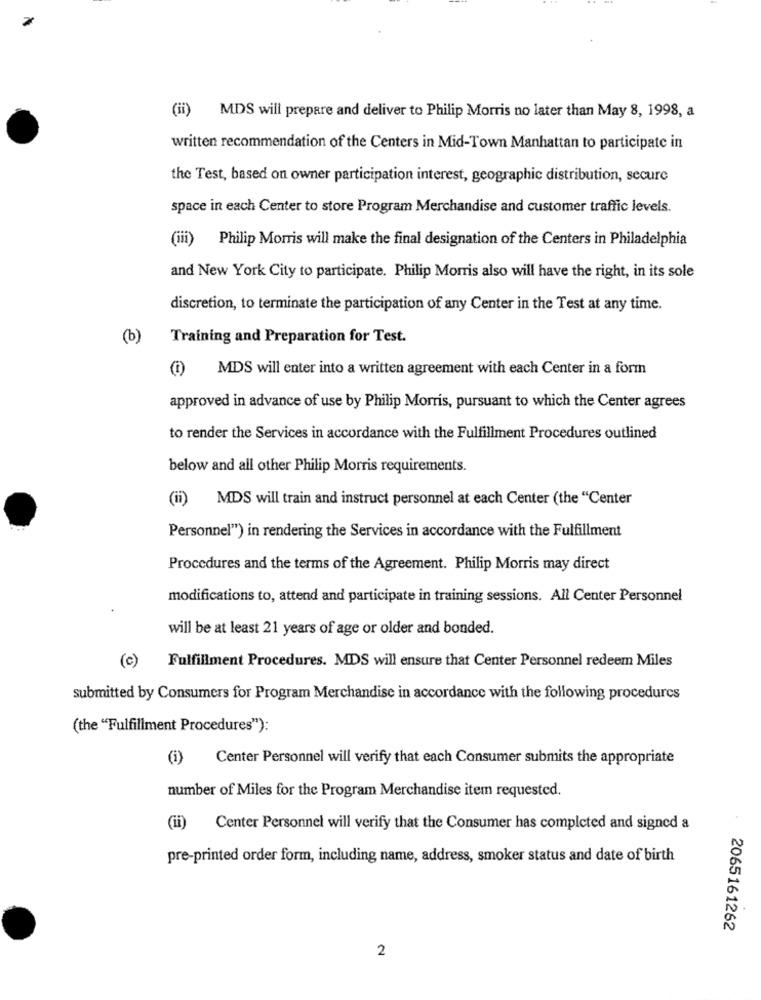
(ii) MDS will prepare and deliver to Philip Morris no later than May 8, 1998, a
written recommendation of the Centers in Mid-Town Manhattan to participate in
the Test, based on owner participation interest, geographic distribution, secure
space in each Center to store Program Merchandise and customer traffic levels.
(iii) Philip Morris will make the final designation of the Centers in Philadelphia
and New York City to participate. Philip Morris also will have the right, in its sole
discretion, to terminate the participation of any Center in the Test at any time.
(b)
Training and Preparation for Test.
MDS will enter into a written agreement with each Center in a form
approved in advance of use by Philip Morris, pursuant to which the Center agrees
to render the Services in accordance with the Fulfillment Procedures outlined
below and all other Philip Morris requirements.
(ii) MDS will train and instruct personnel at each Center (the "Center
Personnel") in rendering the Services in accordance with the Fulfillment
Procedures and the terms of the Agreement. Philip Morris may direct
modifications to, attend and participate in training sessions. All Center Personnel
will be at least 21 years of age or older and bonded.
(c)
Fulfillment Procedures. MDS will ensure that Center Personnel redeem Miles
submitted by Consumers for Program Merchandise in accordance with the following procedures
(the "Fulfillment Procedures"):
(i)
Center Personnel will verify that each Consumer submits the appropriate
number of Miles for the Program Merchandise item requested.
(ii) Center Personnel will verify that the Consumer has completed and signed a
pre-printed order form, including name, address, smoker status and date of birth
2065161262
2